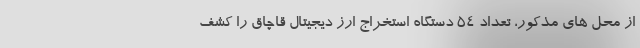
از محل های مذکور، تعداد ۵۴ دستگاه استخراج ارز دیجیتال قاچاق را کشف